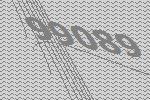
99089